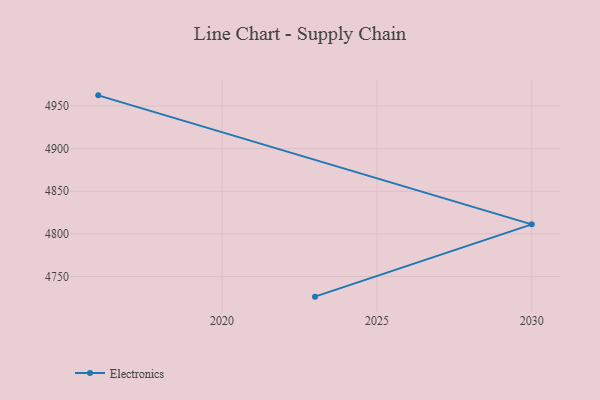
{"axis": {"x": "Year", "y": "Inventory Turnover"}, "legend": ["Electronics"], "data": [{"x": "2023", "y": 4726.4, "type": "Electronics"}, {"x": "2030", "y": 4811.2, "type": "Electronics"}, {"x": "2016", "y": 4962.5, "type": "Electronics"}]}